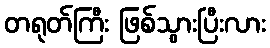
တရုတ်ကြီး ဖြစ်သွားပြီးလား